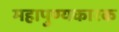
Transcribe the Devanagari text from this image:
महापुण्यकारक